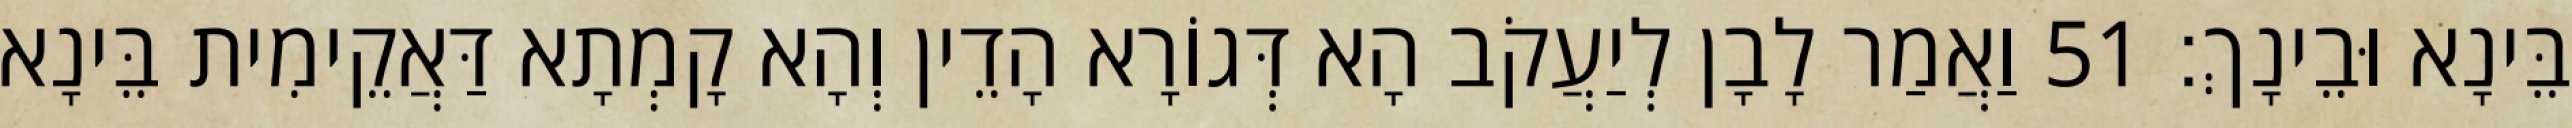
בֵּינָא וּבֵינָךְ׃ 51 וַאֲמַר לָבָן לְיַעֲקֹב הָא דְּגוֹרָא הָדֵין וְהָא קָמְתָא דַּאֲקֵימִית בֵּינָא